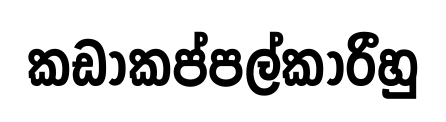
කඩාකප්පල්කාරීහු